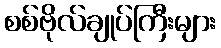
စစ်ဗိုလ်ချုပ်ကြီးများ